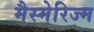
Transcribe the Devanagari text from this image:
मैस्मेरिज्म